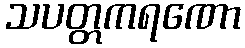
သပတ္တကရဏော